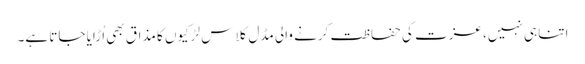
اتنا ہی نہیں، عزت کی حفاظت کرنے والی مڈل کلاس لڑکیوں کا مذاق بھی اُڑایا جاتا ہے۔